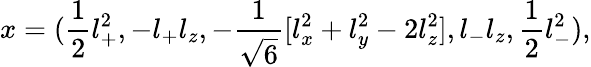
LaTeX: x=(\frac{1}{2}l_{+}^{2},-l_{+}l_{z},-\frac{1}{\sqrt{6}}[l_{x}^{2}+l_{y}^{2}-2l_{z}^{2}],l_{-}l_{z},\frac{1}{2}l_{-}^{2}),